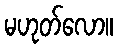
မဟုတ်လော။